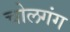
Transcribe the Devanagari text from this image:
चोलगंग